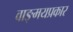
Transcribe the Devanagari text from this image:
वाङ्‌मयप्रकार